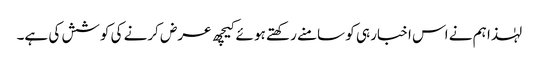
لہٰذا ہم نے اس اخبار ہی کو سامنے رکھتے ہو ئے کیچھ عرض کرنے کی کوشش کی ہے۔